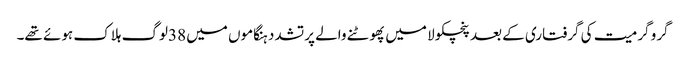
گرو گرمیت کی گرفتاری کے بعد پنچکولا میں پھوٹنے والے پرتشدد ہنگاموں میں 38لوگ ہلاک ہوئے تھے۔